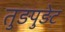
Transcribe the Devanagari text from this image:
तुड़पुड़ेट